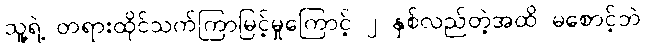
သူ့ရဲ့ တရားထိုင်သက်ကြာမြင့်မှုကြောင့် ၂ နှစ်လည်တဲ့အထိ မစောင့်ဘဲ